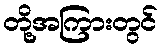
တို့အကြားတွင်